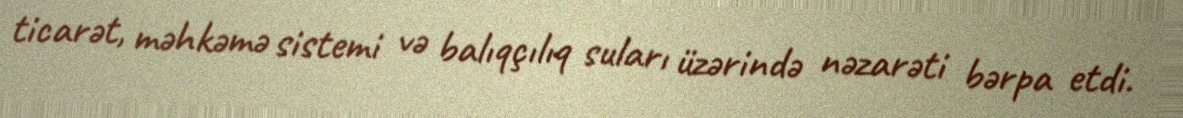
ticarət, məhkəmə sistemi və balıqçılıq suları üzərində nəzarəti bərpa etdi.